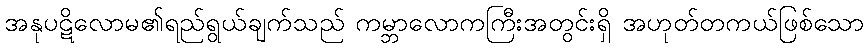
အနုပဋိလောမ၏ရည်ရွယ်ချက်သည် ကမ္ဘာလောကကြီးအတွင်းရှိ အဟုတ်တကယ်ဖြစ်သော